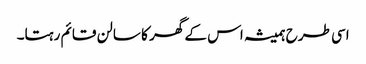
اسی طرح ہمیشہ اس کے گھر کا سالن قائم رہتا۔